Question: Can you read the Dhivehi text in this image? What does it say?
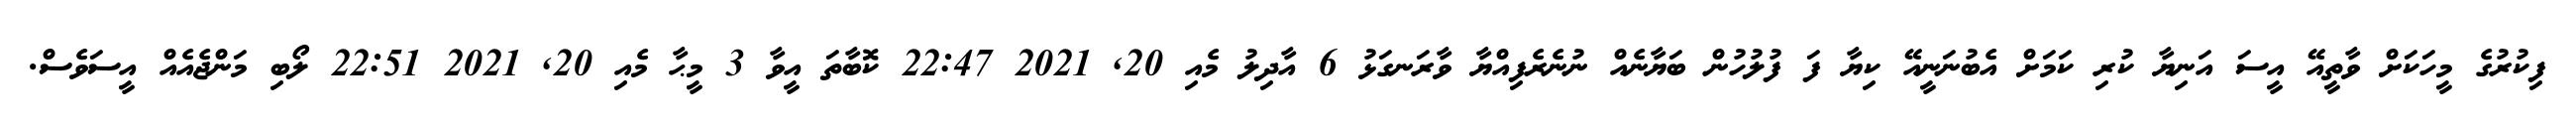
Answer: ފިކުރުގެ މީހަކަށް ވާތީއޭ އީސަ އަނިޔާ ކުރި ކަމަށް އެބުނަނީއޭ ކިޔާ ފަ ފުލުހުން ބަޔާނެއް ނުނެރެފިއްޔާ ވާރަނގަޅު 6 އާދިލު މެއި 20, 2021 22:47 ކޮބާތަ އީވާ 3 މީޙާ މެއި 20, 2021 22:51 ލޯބި މަންޖެއެއް އީސަވެސް.